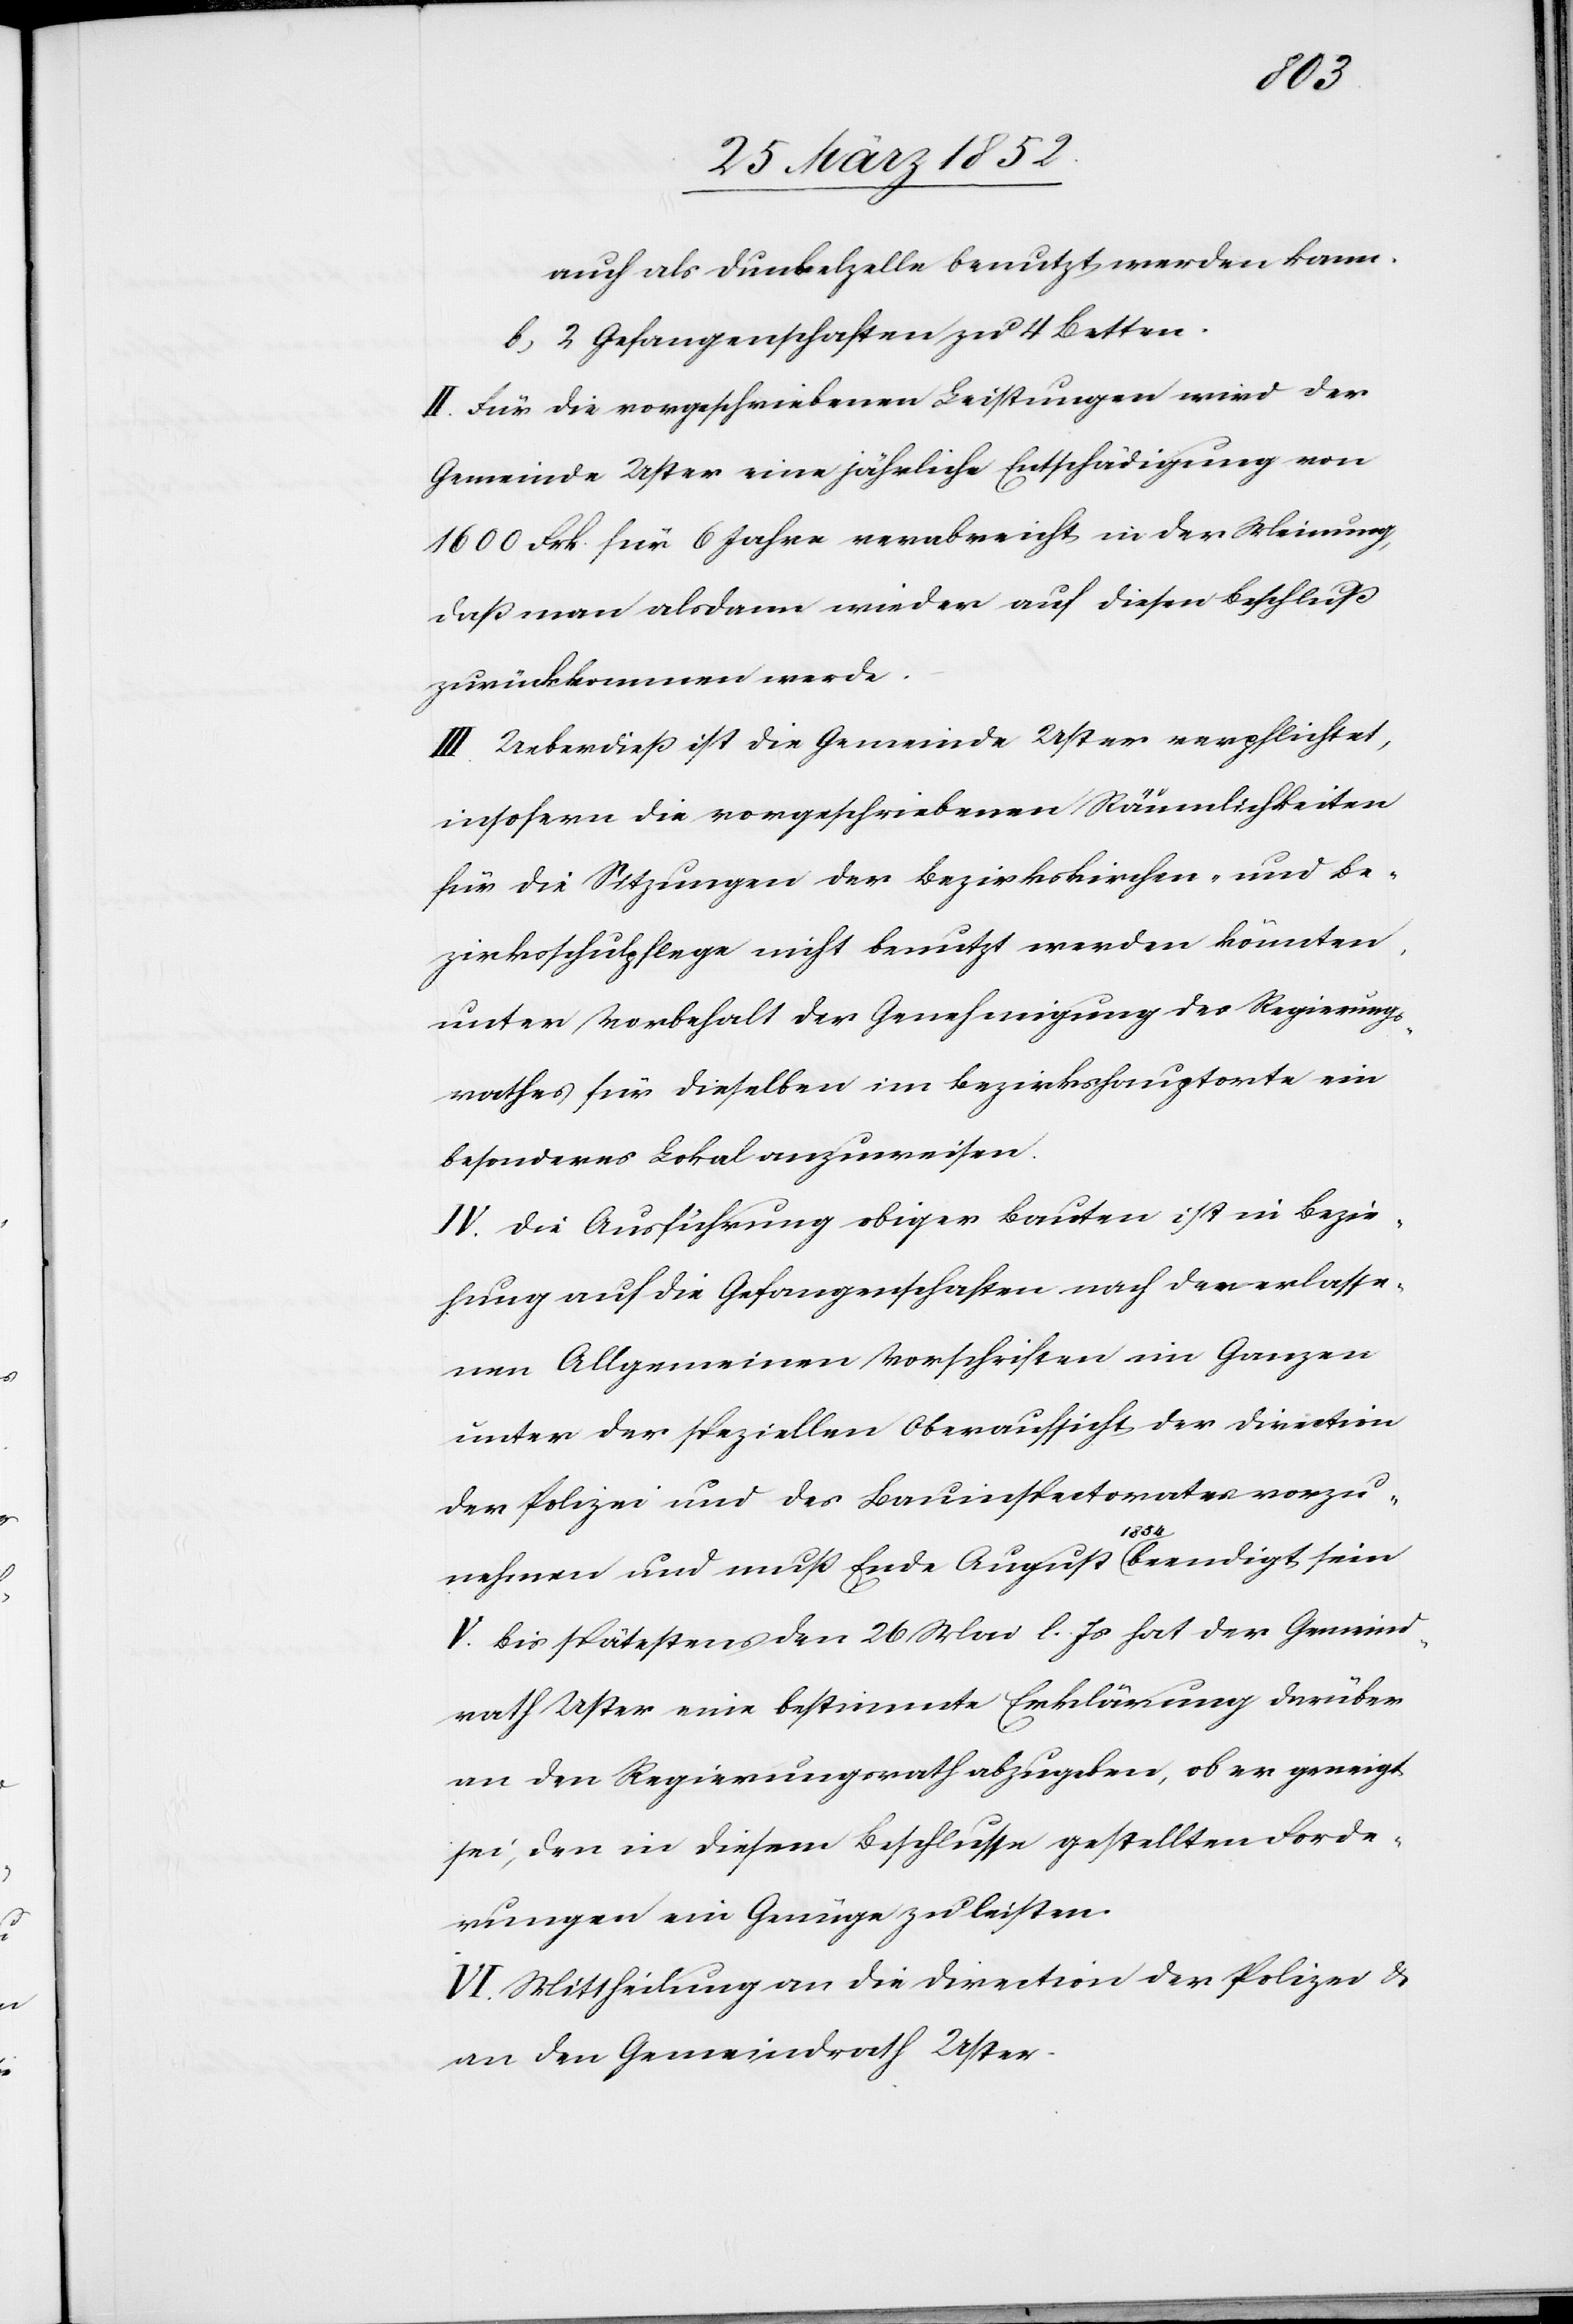
auch als Dunkelzelle benutzt werden kann.
2 Gefangenschaften zu 4 Betten.
II. Für die vorgeschriebenen Leistungen wird der
Gemeinde Uster eine jährliche Entschädigung von
1600 Frk. für 6 Jahre verabreicht, in der Meinung,
daß man alsdann wieder auf diesen Beschluß
zurückkommen werde.
III. Ueberdieß ist die Gemeinde Uster verpflichtet,
insofern die vorgeschriebenen Räumlichkeiten
für die Sitzungen der Bezirkskirchen- und Be¬
zirksschulpflege nicht benutzt werden könnten,
unter Vorbehalt der Genehmigung des Regierungs¬
rathes für dieselben im Bezirkshauptorte ein
besonderes Lokal anzuweisen.
IV. Die Ausführung obiger Bauten ist in Bezie¬
hung auf die Gefangenschaften nach den erlasse¬
nen Allgemeinen Vorschriften im Ganzen
unter der speziellen Oberaufsicht der Direction
der Polizei und des Bauinspectorates vorzu¬
nehmen und muß Ende August 1854 beendigt sein.
V. Bis spätestens den 26 Mai l. Js hat der Gemeind¬
rath Uster eine bestimmte Erklärung darüber
an den Regierungsrath abzugeben, ob er geneigt
sei, den in diesen Beschlusse gestellten Forde¬
rungen ein Genüge zu leisten.
VI. Mittheilung an die Direction der Polizei und
an den Gemeindrath Uster.